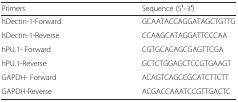
<table><thead><tr><td><b>Primers</b></td><td><b>Sequence (5′–3′)</b></td></tr></thead><tbody><tr><td>hDectin-1-Forward</td><td>GCAATACCAGGATAGCTGTTG</td></tr><tr><td>hDectin-1-Reverse</td><td>CCAAGCATAGGATTCCCAA</td></tr><tr><td>hPU.1- Forward</td><td>CGTGCACAGCGAGTTCGA</td></tr><tr><td>hPU.1-Reverse</td><td>GCTCTGGAGCTCCGTGAAGT</td></tr><tr><td>GAPDH- Forward</td><td>ACAGTCAGCCGCATCTTCTT</td></tr><tr><td>GAPDH-Reverse</td><td>ACGACCAAATCCGTTGACTC</td></tr></tbody></table>